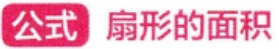
公式 扇形的面积